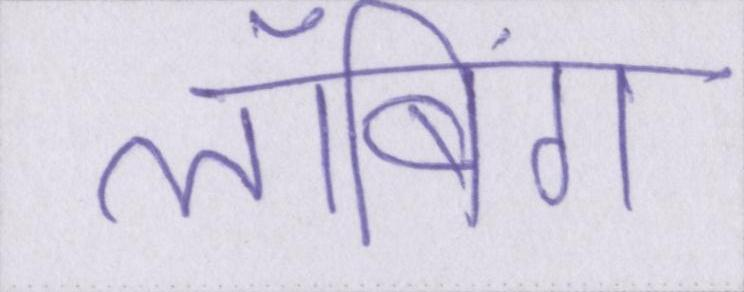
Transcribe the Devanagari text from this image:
लॉबिंग